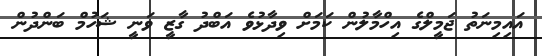
އައިމިނަތު ޖަމީލްގެ އިހްމާލުން ކަމަށް ވިދާޅުވެ އަބްދު ގާޒީ ވަނީ ޝަހުމް ބަންދުން